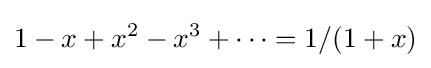
1-x+x^{2}-x^{3}+\cdots =1/(1+x)